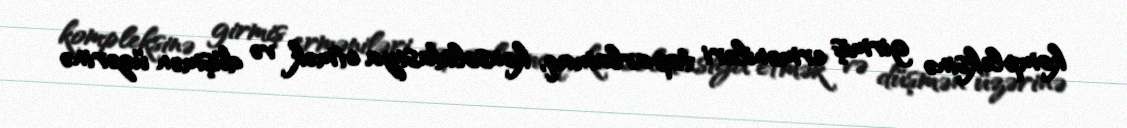
kompleksinə girmiş erməniləri toparlamaq, konsolidasiya etmək və düşmən üzərinə